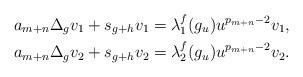
LaTeX: \begin{align*}a_{m+n}\Delta_g v_1+s_{g+h}v_1=\lambda_{1}^f(g_u)u^{p_{m+n}-2}v_1,\\a_{m+n}\Delta_g v_2+s_{g+h}v_2=\lambda_{2}^f(g_u)u^{p_{m+n}-2}v_2.\end{align*}